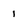
Character: i